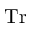
\mathrm { T r }